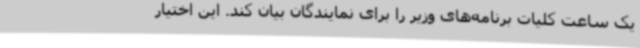
یک ساعت کلیات برنامه‌های وزیر را برای نمایندگان بیان کند. این اختیار